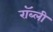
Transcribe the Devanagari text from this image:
रॉब्ली